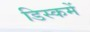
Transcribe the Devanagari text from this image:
डिस्कमें